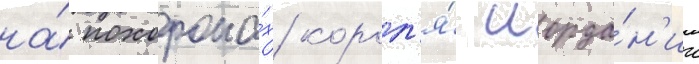
на́ похорона́х корол'я́ иорда́н'ии